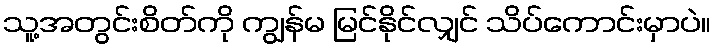
သူ့အတွင်းစိတ်ကို ကျွန်မ မြင်နိုင်လျှင် သိပ်ကောင်းမှာပဲ။